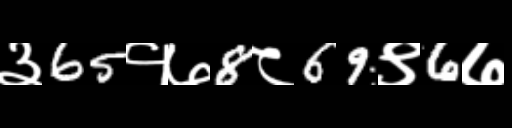
Text: ३65१७8८69९6७